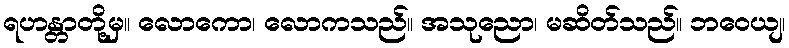
ရဟန္တာတို့မှ။ လောကော၊ လောကသည်။ အသုညော၊ မဆိတ်သည်။ ဘဝေယျ၊